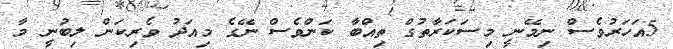
5އަހަރުވެސް ނިމޭނީ މިސަކަރާތުގް ތިއްބާ ކަންވެސް ނޭގެ މިއަދު ވެރިކަން ލިބުނީ މާ